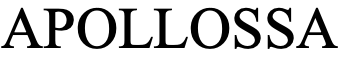
APOLLOSSA